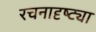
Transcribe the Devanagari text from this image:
रचनादृष्ट्या